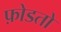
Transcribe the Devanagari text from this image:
फ़ोडतो